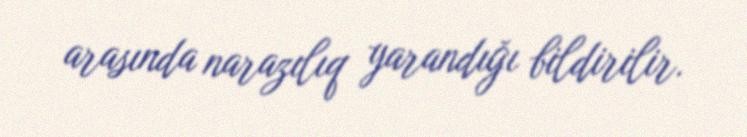
arasında narazılıq yarandığı bildirilir.